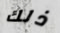
ذلك